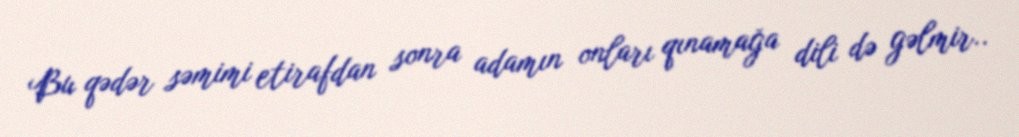
Bu qədər səmimi etirafdan sonra adamın onları qınamağa dili də gəlmir..